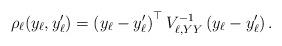
LaTeX: \begin{align*}\rho_\ell (y_\ell, y_\ell^\prime) = \left(y_{\ell}-y_{\ell}^{\prime}\right)^{\top} V_{\ell, Y Y}^{-1}\left(y_{\ell}-y_{\ell}^{\prime}\right).\end{align*}